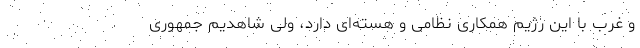
و غرب با این رژیم همکاری نظامی و هسته‌ای دارد، ولی شاهدیم جمهوری